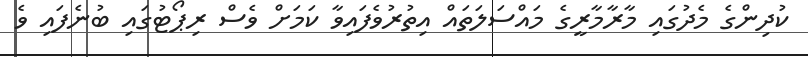
ކުދިންގެ މެދުގައި މާރާމާރީގެ މައްސަލަތައް އިތުރުވެފައިވާ ކަމަށް ވެސް ރިޕޯޓުގައި ބުނެފައި ވެ